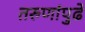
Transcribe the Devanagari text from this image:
तरुणांपुढे